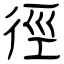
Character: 徑